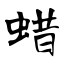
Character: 蜡